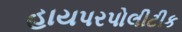
હાયપરપોલીટીક